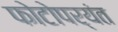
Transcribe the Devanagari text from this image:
फोटोपर्यंत